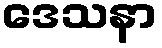
ဒေသနာ